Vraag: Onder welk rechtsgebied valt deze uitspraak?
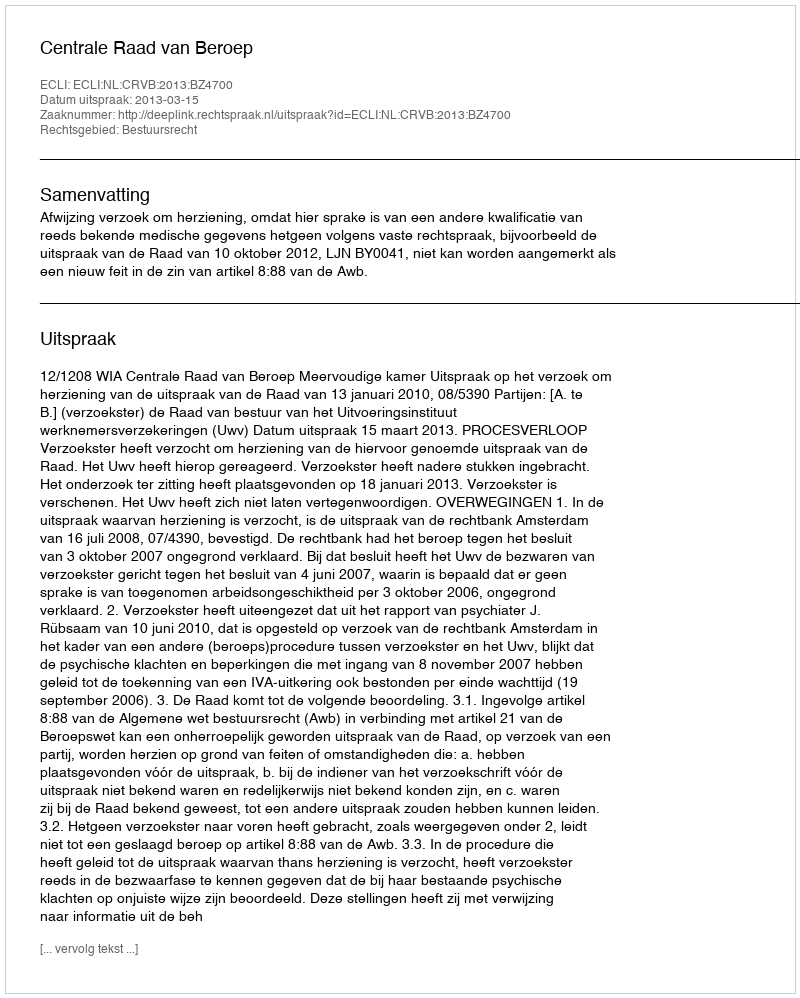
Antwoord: Bestuursrecht